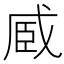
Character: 𮍏